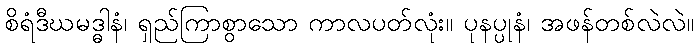
စိရံဒီဃမဒ္ဓါနံ၊ ရှည်ကြာစွာသော ကာလပတ်လုံး။ ပုနပ္ပုနံ၊ အဖန်တစ်လဲလဲ။